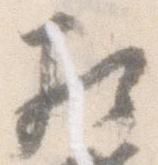
相